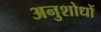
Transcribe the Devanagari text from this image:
अनुशोधों